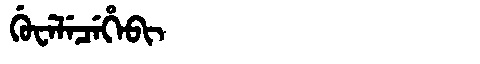
Manchu: ᡤᡠᠸᡝᠯᡝᠴᡝᡥᡝᠪᡳ
Romanization: GUWELECEHEBI